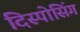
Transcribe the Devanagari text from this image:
दिस्पोसिंग